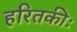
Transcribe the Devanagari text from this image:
हरितकीः